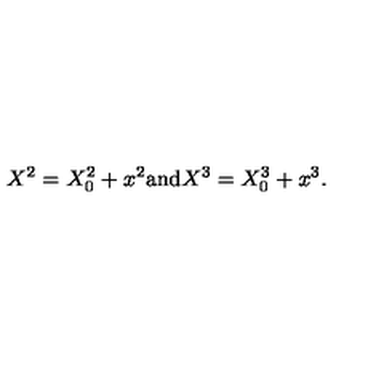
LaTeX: X ^ { 2 } = X _ { 0 } ^ { 2 } + x ^ { 2 } \mathrm { a n d } X ^ { 3 } = X _ { 0 } ^ { 3 } + x ^ { 3 } .